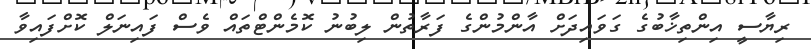
ރިޔާސީ އިންތިޚާބުގެ ގަވައިދަށް އާންމުންގެ ފަރާތުން ލިބުނު ކޮމެންޓްތައް ވެސް ފައިނަލް ކޮށްފައިވާ